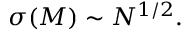
\begin{array} { r } { \sigma ( M ) \sim N ^ { 1 / 2 } . } \end{array}